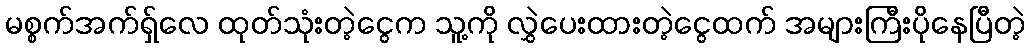
မစ္စက်အက်ရှ်လေ ထုတ်သုံးတဲ့ငွေက သူ့ကို လွှဲပေးထားတဲ့ငွေထက် အများကြီးပိုနေပြီတဲ့